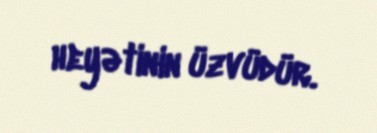
heyətinin üzvüdür.